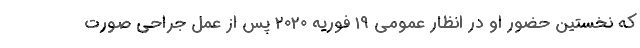
که نخستین حضور او در انظار عمومی ۱۹ فوریه ۲۰۲۰ پس از عمل جراحی صورت